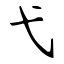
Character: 弋